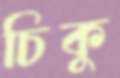
চিকু